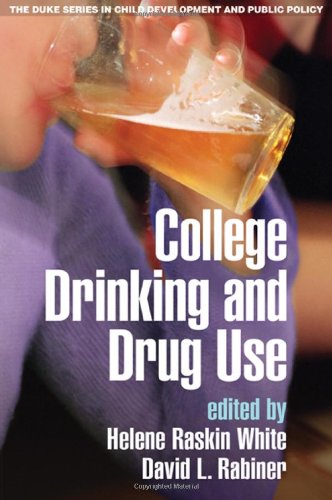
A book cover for College Drinking and Drug Use (Duke Series in Child Develpment and Public Policy); Education & Teaching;